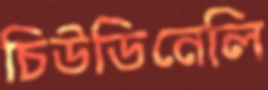
চিউডিনেলি